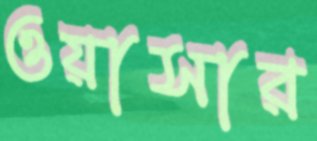
ওয়াসার